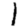
Digit: 1